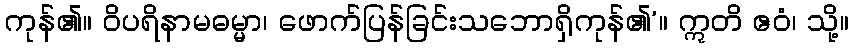
ကုန်၏။ ဝိပရိနာမဓမ္မာ၊ ဖောက်ပြန်ခြင်းသဘောရှိကုန်၏’။ ဣတိ ဧဝံ၊ သို့။